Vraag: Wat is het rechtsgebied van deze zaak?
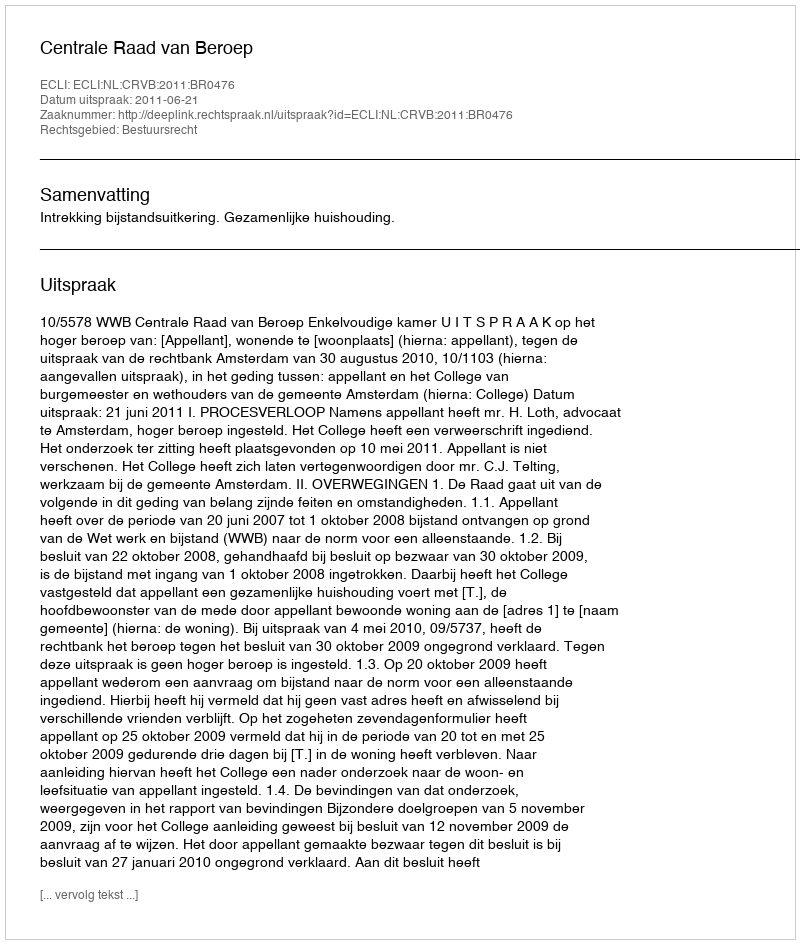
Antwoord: Bestuursrecht